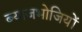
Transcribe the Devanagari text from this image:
ब्याजभोजियों